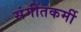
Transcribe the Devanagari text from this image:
संगीतकर्मी